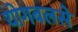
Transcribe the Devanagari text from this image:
योगबलसे